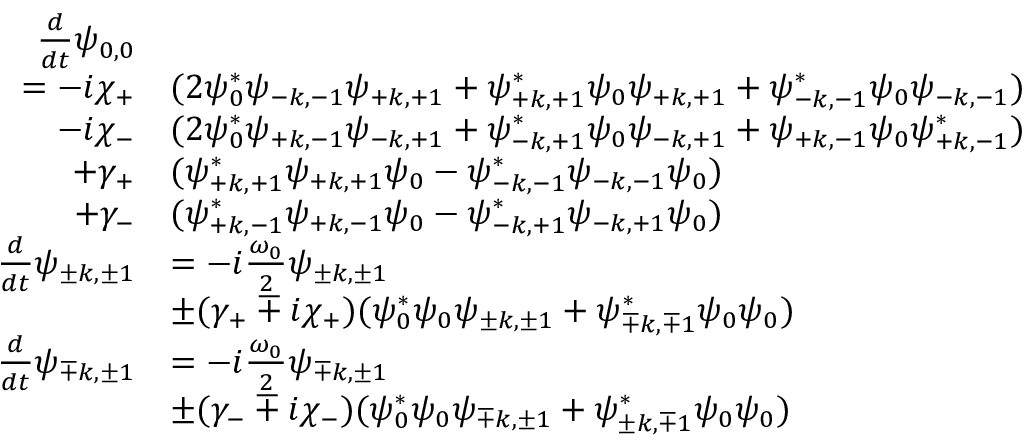
\begin{array} { r l } { \frac { d } { d t } \psi _ { 0 , 0 } } & { } \\ { = - i \chi _ { + } } & { ( 2 \psi _ { 0 } ^ { * } \psi _ { \mathrm { - } k , \mathrm { - } 1 } \psi _ { \mathrm { + } k , \mathrm { + } 1 } + \psi _ { \mathrm { + } k , \mathrm { + } 1 } ^ { * } \psi _ { 0 } \psi _ { \mathrm { + } k , \mathrm { + } 1 } + \psi _ { \mathrm { - } k , \mathrm { - } 1 } ^ { * } \psi _ { 0 } \psi _ { \mathrm { - } k , \mathrm { - } 1 } ) } \\ { - i \chi _ { - } } & { ( 2 \psi _ { 0 } ^ { * } \psi _ { \mathrm { + } k , \mathrm { - } 1 } \psi _ { \mathrm { - } k , \mathrm { + } 1 } + \psi _ { \mathrm { - } k , \mathrm { + } 1 } ^ { * } \psi _ { 0 } \psi _ { \mathrm { - } k , \mathrm { + } 1 } + \psi _ { \mathrm { + } k , \mathrm { - } 1 } \psi _ { 0 } \psi _ { \mathrm { + } k , \mathrm { - } 1 } ^ { * } ) } \\ { + \gamma _ { + } } & { ( \psi _ { \mathrm { + } k , \mathrm { + } 1 } ^ { * } \psi _ { \mathrm { + } k , \mathrm { + } 1 } \psi _ { 0 } - \psi _ { \mathrm { - } k , \mathrm { - } 1 } ^ { * } \psi _ { \mathrm { - } k , \mathrm { - } 1 } \psi _ { 0 } ) } \\ { + \gamma _ { - } } & { ( \psi _ { \mathrm { + } k , \mathrm { - } 1 } ^ { * } \psi _ { \mathrm { + } k , \mathrm { - } 1 } \psi _ { 0 } - \psi _ { \mathrm { - } k , \mathrm { + } 1 } ^ { * } \psi _ { \mathrm { - } k , \mathrm { + } 1 } \psi _ { 0 } ) } \\ { \frac { d } { d t } \psi _ { \pm k , \pm 1 } } & { = - i \frac { \omega _ { 0 } } { 2 } \psi _ { \pm k , \pm 1 } } \\ & { \pm ( \gamma _ { + } \mp i \chi _ { + } ) ( \psi _ { 0 } ^ { * } \psi _ { 0 } \psi _ { \pm k , \pm 1 } + \psi _ { \mp k , \mp 1 } ^ { * } \psi _ { 0 } \psi _ { 0 } ) } \\ { \frac { d } { d t } \psi _ { \mp k , \pm 1 } } & { = - i \frac { \omega _ { 0 } } { 2 } \psi _ { \mp k , \pm 1 } } \\ & { \pm ( \gamma _ { - } \mp i \chi _ { - } ) ( \psi _ { 0 } ^ { * } \psi _ { 0 } \psi _ { \mp k , \pm 1 } + \psi _ { \pm k , \mp 1 } ^ { * } \psi _ { 0 } \psi _ { 0 } ) } \end{array}